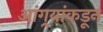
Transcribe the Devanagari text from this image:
आंग्र्‌यांकडून